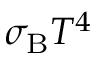
\sigma _ { \mathrm { B } } T ^ { 4 }